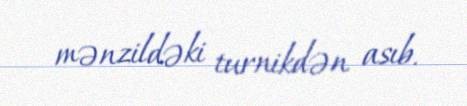
mənzildəki turnikdən asıb.